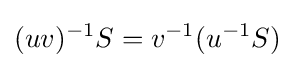
(uv)^{-1}S=v^{-1}(u^{-1}S)